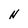
Character: N